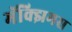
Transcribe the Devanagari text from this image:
मॅक्झिमस